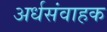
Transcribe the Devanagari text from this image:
अर्धसंवाहक